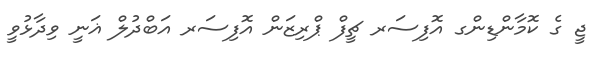
ޖީ ގެ ކޮމާންޑިންގ އޮފިސަރ ޗީފް ޕްރިޒަން އޮފިސަރ އަބްދުލް ޣަނީ ވިދާޅުވީ